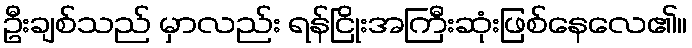
ဦးချစ်သည် မှာလည်း ရန်ငြိုးအကြီးဆုံးဖြစ်နေလေ၏။